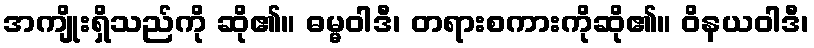
အကျိုးရှိသည်ကို ဆို၏။ ဓမ္မဝါဒီ၊ တရားစကားကိုဆို၏။ ဝိနယဝါဒီ၊